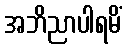
အဘိညာပါရမိံ